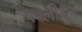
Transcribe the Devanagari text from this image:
पवलीदून